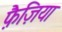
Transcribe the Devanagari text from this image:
फ़ैज़िया